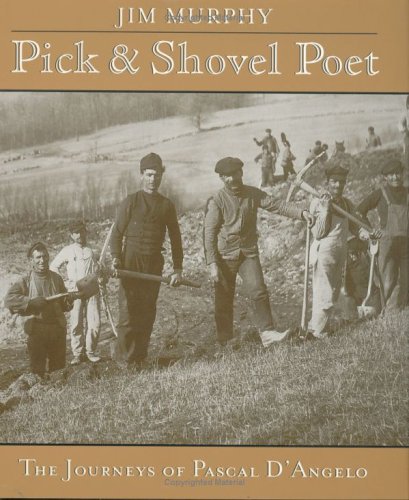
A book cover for Pick-and-Shovel Poet: The Journeys of Pascal D'Angelo; Jim Murphy; Children's Books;